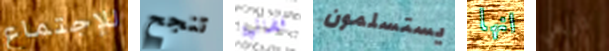
للإجتماع تنجح فضائية يستسلمون انها تاريخي